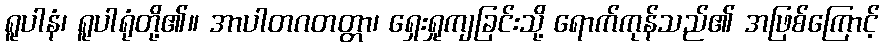
ရူပါနံ၊ ရူပါရုံတို့၏။ အာပါတဂတတ္တာ၊ ရှေးရှုကျခြင်းသို့ ရောက်ကုန်သည်၏ အဖြစ်ကြောင့်